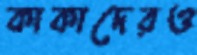
কাকাদেরও